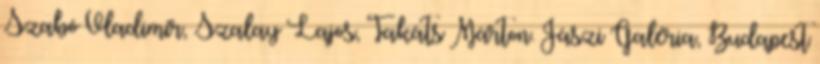
Szabó Vladimir, Szalay Lajos, Takáts Márton. Jászi Galéria, Budapest